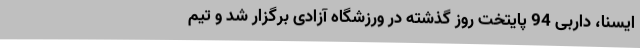
ایسنا، داربی 94 پایتخت روز گذشته در ورزشگاه آزادی برگزار شد و تیم